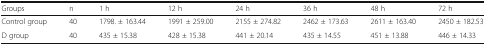
<table><thead><tr><td><b>Groups</b></td><td><b>n</b></td><td><b>1 h</b></td><td><b>12 h</b></td><td><b>24 h</b></td><td><b>36 h</b></td><td><b>48 h</b></td><td><b>72 h</b></td></tr></thead><tbody><tr><td>Control group</td><td>40</td><td>1798. ± 163.44</td><td>1991 ± 259.00</td><td>2155 ± 274.82</td><td>2462 ± 173.63</td><td>2611 ± 163.40</td><td>2450 ± 182.53</td></tr><tr><td>D group</td><td>40</td><td>435 ± 15.38</td><td>428 ± 15.38</td><td>441 ± 20.14</td><td>435 ± 14.55</td><td>451 ± 13.88</td><td>446 ± 14.33</td></tr></tbody></table>